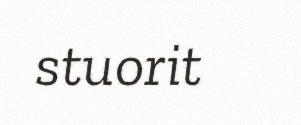
stuorit